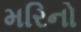
મરિનો